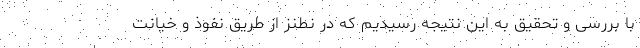
با بررسی و تحقیق به این نتیجه رسیدیم که در نطنز از طریق نفوذ و خیانت